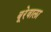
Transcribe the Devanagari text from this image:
बूरेवाला